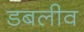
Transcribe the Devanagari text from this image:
डबलीव